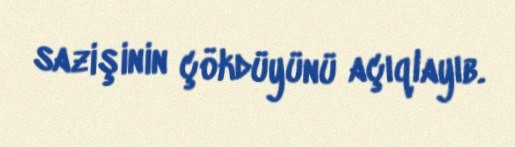
sazişinin çökdüyünü açıqlayıb.